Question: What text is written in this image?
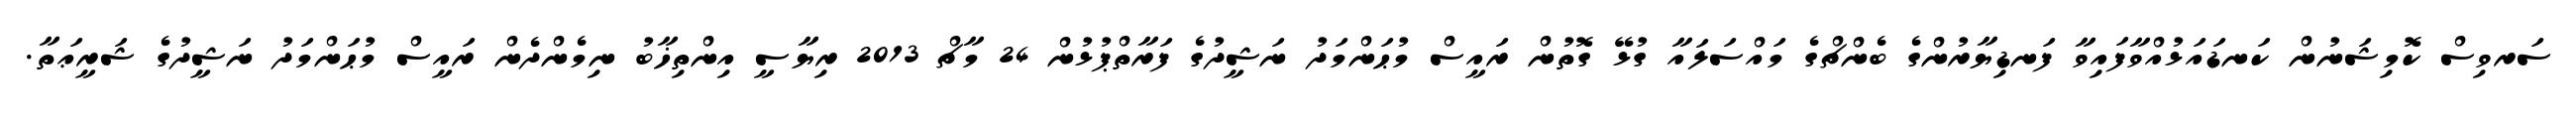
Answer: ސަރވިސް ކޮމިޝަނުން ކަނޑައަޅުއްވާފައިވާ ފަނޑިޔާރުންގެ ބެންޗްގެ މައްސަލައާ ގުޅޭ ގޮތުން ރައީސް މުޙަންމަދު ނަޝީދުގެ ފަރާތްޕުޅުން 24 މާޗް 2013 ރިޔާސީ އިންތިޚާބު ނިމެންދެން ރައީސް މުޙަންމަދު ނަޝީދުގެ ޝަރީޢަތާ.